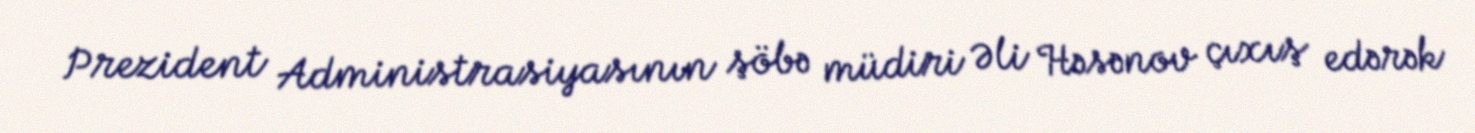
Prezident Administrasiyasının şöbə müdiri Əli Həsənov çıxış edərək